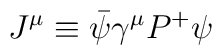
J^\mu\equiv\bar\psi\gamma^\mu P^+\psi